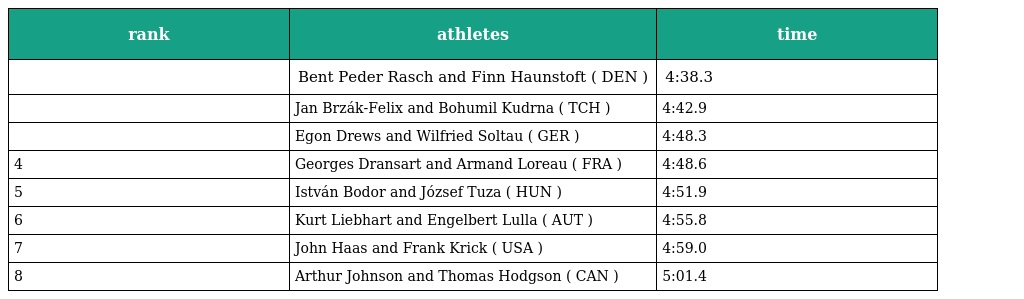
| rank | athletes | time |
 | --- | --- | --- |
 |  | Bent Peder Rasch and Finn Haunstoft ( DEN ) | 4:38.3 |
 |  | Jan Brzák-Felix and Bohumil Kudrna ( TCH ) | 4:42.9 |
 |  | Egon Drews and Wilfried Soltau ( GER ) | 4:48.3 |
 | 4 | Georges Dransart and Armand Loreau ( FRA ) | 4:48.6 |
 | 5 | István Bodor and József Tuza ( HUN ) | 4:51.9 |
 | 6 | Kurt Liebhart and Engelbert Lulla ( AUT ) | 4:55.8 |
 | 7 | John Haas and Frank Krick ( USA ) | 4:59.0 |
 | 8 | Arthur Johnson and Thomas Hodgson ( CAN ) | 5:01.4 |